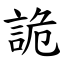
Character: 詭